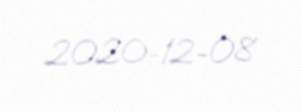
2020-12-08